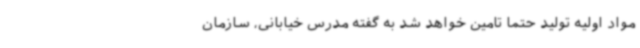
مواد اولیه تولید حتما تامین خواهد شد به گفته مدرس خیابانی، سازمان